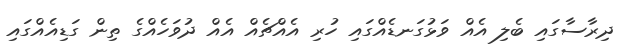
ދިރާސާގައި ބެލި އެއް ވަޅުގަނޑެއްގައި ހުރި އެއްޗެއް އެއް ދުވަހެއްގެ ތިން ގަޑިއެއްގައި